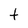
Character: t